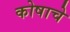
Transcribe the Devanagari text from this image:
कोषाचे